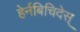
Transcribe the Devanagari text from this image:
हेर्नबिचिदेस्